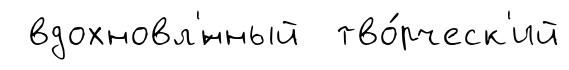
вдохновл'́нный тво́рческ'ий